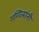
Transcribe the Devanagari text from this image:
गणित्यांनी